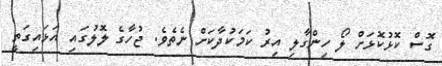
ގޮސް ކޮޅުކޮޅަށް ލޯ ހިންގާލި އިރު ކަމަކުދާކަށް ނެތެވެ. ޖުހާގެ ލޮލުގައި އަޅައިގަތީ